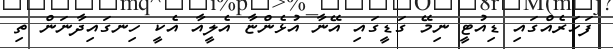
ފަހަރެއްގައި ޑިއުޓީ ނިމޭ ގަޑީގައި އޭނާ އުޅެންޏާ އެލީއާ އެކީ ހިނގައިދާނަން ތި